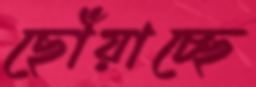
ছোঁয়াচ্ছে